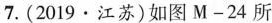
7.（2019\cdot江苏）如图M-24所